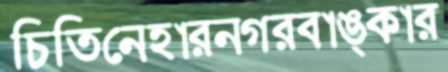
চিতিনেহারনগরবাঙ্কার